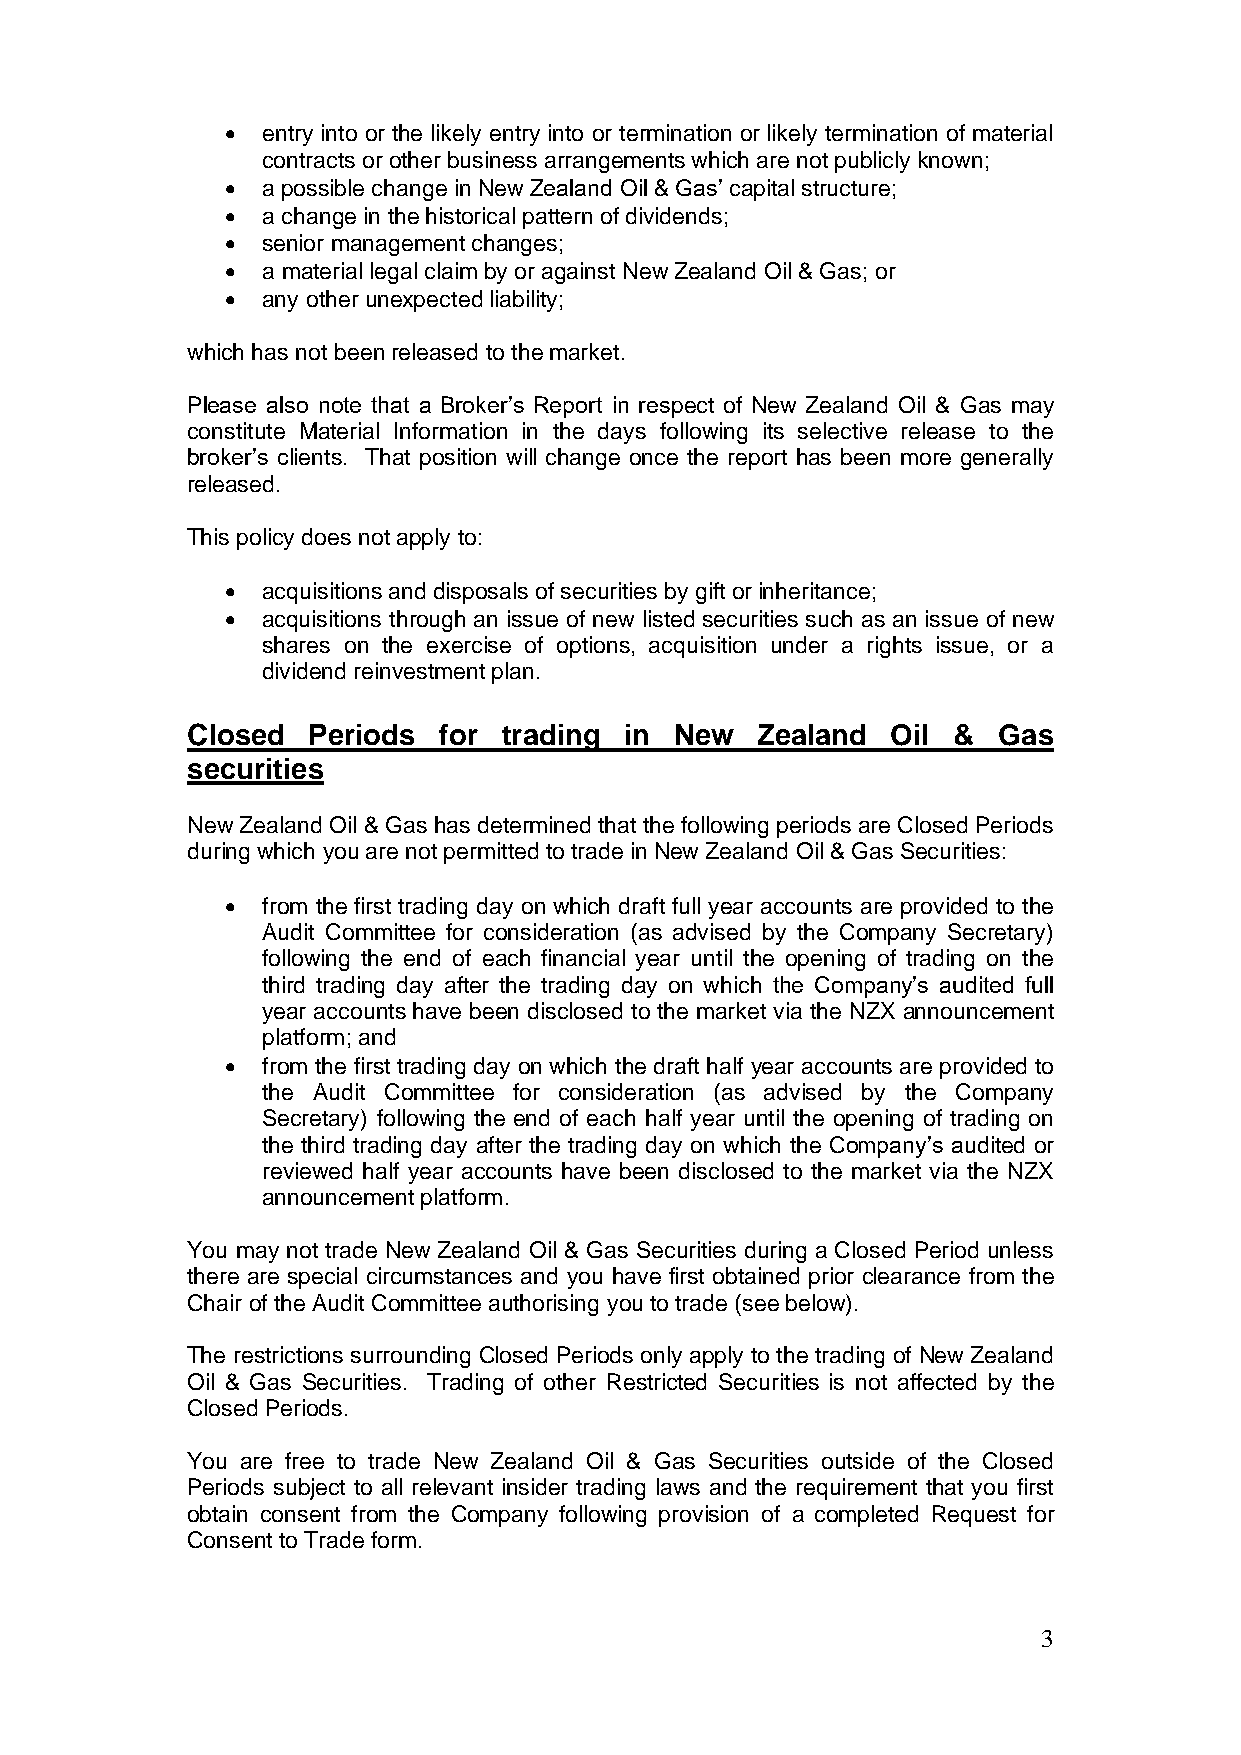
• entry into or the likely entry into or termination or likely termination of material
 contracts or other business arrangements which are not publicly known;
 • a possible change in New Zealand Oil & Gas’ capital structure;
 • a change in the historical pattern of dividends;
 • senior management changes;
 • a material legal claim by or against New Zealand Oil & Gas; or
 • any other unexpected liability;
 which has not been released to the market.
 Please also note that a Broker’s Report in respect of New Zealand Oil & Gas may
 constitute Material Information in the days following its selective release to the
 broker’s clients. That position will change once the report has been more generally
 released.
 This policy does not apply to:
 • acquisitions and disposals of securities by gift or inheritance;
 • acquisitions through an issue of new listed securities such as an issue of new
 shares on the exercise of options, acquisition under a rights issue, or a
 dividend reinvestment plan.
 Closed  Periods  for trading in  New  Zealand  Oil &  Gas
 securities
 New Zealand Oil & Gas has determined that the following periods are Closed Periods
 during which you are not permitted to trade in New Zealand Oil & Gas Securities:
 • from the first trading day on which draft full year accounts are provided to the
 Audit Committee for consideration (as advised by the Company Secretary)
 following the end of each financial year until the opening of trading on the
 third trading day after the trading day on which the Company’s audited full
 year accounts have been disclosed to the market via the NZX announcement
 platform; and
 • from the first trading day on which the draft half year accounts are provided to
 the Audit Committee for consideration (as advised by the Company
 Secretary) following the end of each half year until the opening of trading on
 the third trading day after the trading day on which the Company’s audited or
 reviewed half year accounts have been disclosed to the market via the NZX
 announcement platform.
 You may not trade New Zealand Oil & Gas Securities during a Closed Period unless
 there are special circumstances and you have first obtained prior clearance from the
 Chair of the Audit Committee authorising you to trade (see below).
 The restrictions surrounding Closed Periods only apply to the trading of New Zealand
 Oil & Gas Securities. Trading of other Restricted Securities is not affected by the
 Closed Periods.
 You are free to trade New Zealand Oil & Gas Securities outside of the Closed
 Periods subject to all relevant insider trading laws and the requirement that you first
 obtain consent from the Company following provision of a completed Request for
 Consent to Trade form.
 3